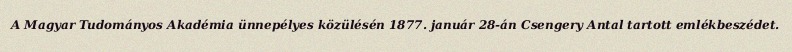
A Magyar Tudományos Akadémia ünnepélyes közülésén 1877. január 28-án Csengery Antal tartott emlékbeszédet.